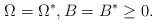
LaTeX: \begin{align*}\Omega=\Omega^{\ast},B=B^{\ast}\geq0. \end{align*}